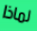
لماذا